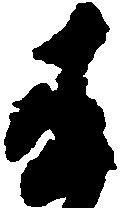
委